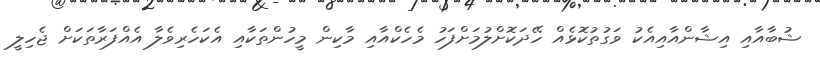
ޝުބާއާއި އިޝާންއާއިއެކު ވަގުތުކޮޅެއް ހޭދަކޮށްލުމަށްފަހު މެހެކްއާއި މާކިން މީހުންތަކާއި އެކަހެރިވެލާ އެއްފަރާތަކަށް ޖެހިލީ